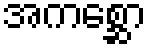
အကစ္ဆော